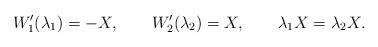
LaTeX: \begin{align*}W_1'(\lambda_1)=-X,\qquad W_2'(\lambda_2)=X,\qquad \lambda_1X = \lambda_2X.\end{align*}